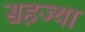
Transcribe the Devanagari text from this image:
सहज्या